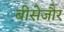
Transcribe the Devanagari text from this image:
बीसेजौर